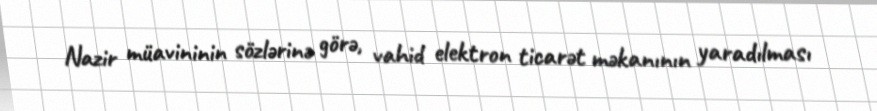
Nazir müavininin sözlərinə görə, vahid elektron ticarət məkanının yaradılması